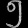
Digit: ၅